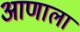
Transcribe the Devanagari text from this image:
आणाला